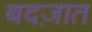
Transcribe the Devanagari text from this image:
बदज़ात